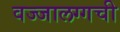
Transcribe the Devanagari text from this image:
वज्‍जालग्गची